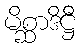
မိစ္ဆာဒိဋ္ဌီ